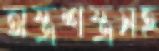
অস্ত্রশস্ত্রসহ